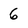
Character: 6